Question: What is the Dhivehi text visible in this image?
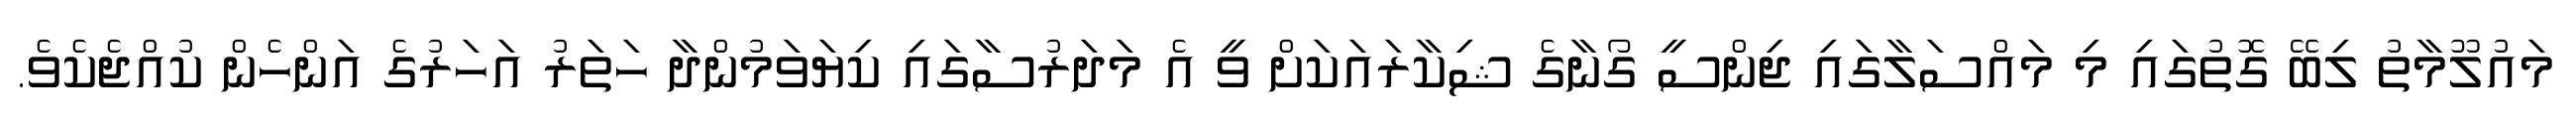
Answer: މައުލޫމާތު ލިބޭ ގޮތުގައި މި މައްސަލާގައި ޖިންސީ ގޯނާގެ ޝިކާރައަކަށް ވީ އެ މަދަރުސާގައި ކިޔަވަމުންދާ ހަތަރު އަހަރުގެ އަންހެން ކުއްޖެކެވެ.